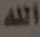
الله